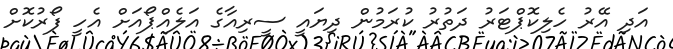
އަދި އޭރު ހެލިކޮޕްޓަރު ދަތުރު ކުރަމުން ދިޔައީ ސީރިއާގެ އަލެއްޕޯއަށް އެހީ ފޯރުކޮށް